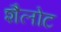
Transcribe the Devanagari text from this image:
शैलोट